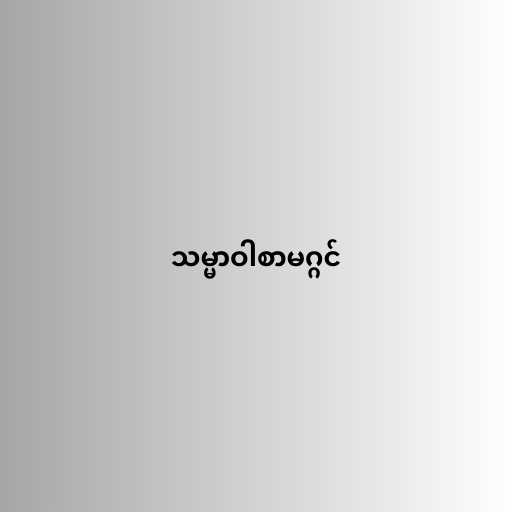
သမ္မာဝါစာမဂ္ဂင်